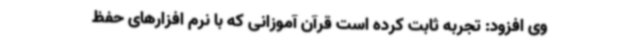
وی افزود: تجربه ثابت کرده است قرآن آموزانی که با نرم افزارهای حفظ